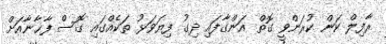
ރާފިލް ކަން ކުރަންވީ ގޮތް އަންގާފައި ދިގު ފިޔަވަޅު ތަކެއްގައި ގޮސް ފާޚާނާއަށް